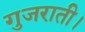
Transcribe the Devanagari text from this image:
गुजराती।